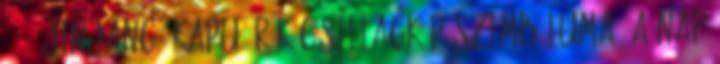
69 = JinJang; Kapu; Rák csillagkép szimbóluma, a Nap